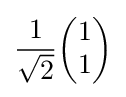
{\frac {1}{\sqrt {2}}}{\begin{pmatrix}1\\1\end{pmatrix}}